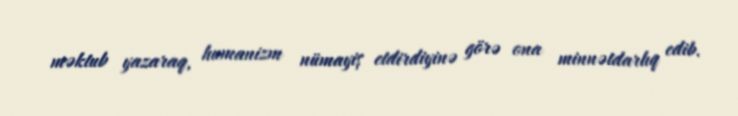
məktub yazaraq, humanizm nümayiş etdirdiyinə görə ona minnətdarlıq edib.